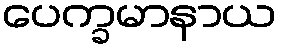
ပေက္ခမာနာယ